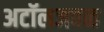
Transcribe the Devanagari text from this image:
अटॉलजवळ